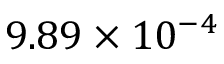
9 . 8 9 \times 1 0 ^ { - 4 }